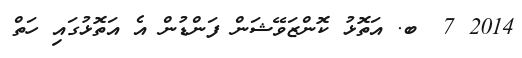
2014 7  ބ. އަތޮޅު ކޮންޒަވޭޝަން ފަންޑުން އެ އަތޮޅުގައި ހަތް